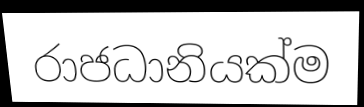
රාජධානියක්ම